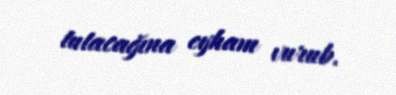
tutacağına eyham vurub.